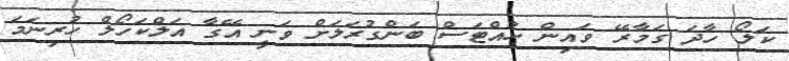
ކަލޯ ހާދަ ގަމާރޭ ވައިން ހުއްޓަސް ބަންގުރަލަށް ވަނީ އޭގާ އަލްކަހޯލް ހުރިނަމަ